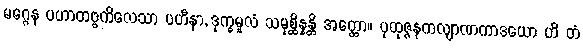
မဂ္ဂေန ပဟာတဗ္ဗကိလေသာ ပဟီနာ, ဒုက္ခမူလံ သမုစ္ဆိန္နန္တိ အတ္ထော။ ပုထုဇ္ဇနကလျာဏကာဒယော ဟိ တံ